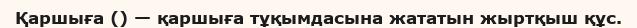
Қаршыға () — қаршыға тұқымдасына жататын жыртқыш құс.